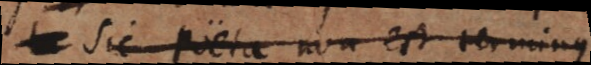
sic poeta non est terminus